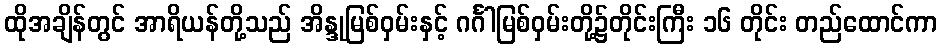
ထိုအချိန်တွင် အာရိယန်တို့သည် အိန္ဒုမြစ်ဝှမ်းနှင့် ဂင်္ဂါမြစ်ဝှမ်းတို့၌တိုင်းကြီး ၁၆ တိုင်း တည်ထောင်ကာ